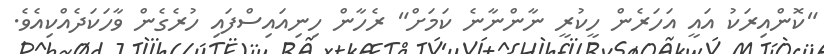
"ކޮންއިރަކު އައީ އަހަރެން ހީކުރީ ނާންނާނެ ކަމަށް" ރެހާން ހިނިއައިސްފައި ހުރެގެން ވާހަކަދެއްކިއެވެ.